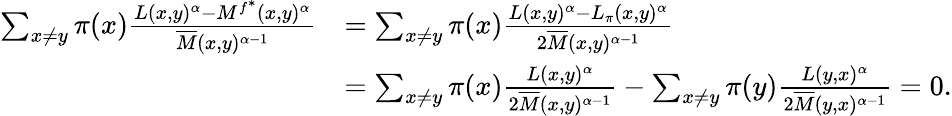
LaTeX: \begin{array}{rl}{\sum_{x\neq y}\pi(x)\frac{L(x,y)^{\alpha}-M^{f^{*}}(x,y)^{\alpha}}{\overline{{M}}(x,y)^{\alpha-1}}}&{=\sum_{x\neq y}\pi(x)\frac{L(x,y)^{\alpha}-L_{\pi}(x,y)^{\alpha}}{2\overline{{M}}(x,y)^{\alpha-1}}}\\ &{=\sum_{x\neq y}\pi(x)\frac{L(x,y)^{\alpha}}{2\overline{{M}}(x,y)^{\alpha-1}}-\sum_{x\neq y}\pi(y)\frac{L(y,x)^{\alpha}}{2\overline{{M}}(y,x)^{\alpha-1}}=0.}\end{array}